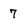
Character: 7